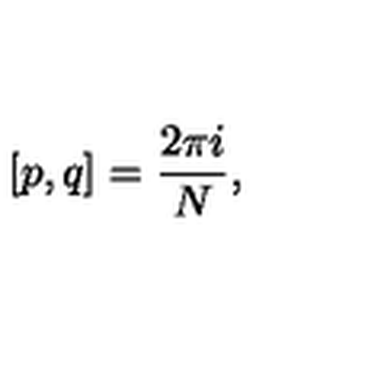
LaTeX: [ p , q ] = \frac { 2 \pi i } { N } ,